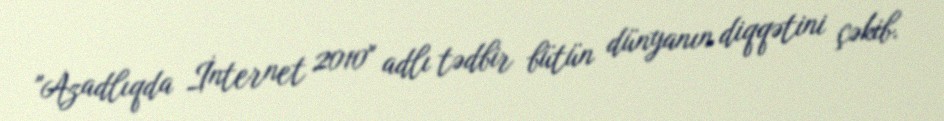
"Azadlıqda İnternet 2010" adlı tədbir bütün dünyanın diqqətini çəkib.